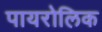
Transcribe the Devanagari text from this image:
पायरोलिक